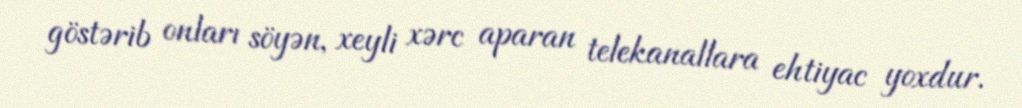
göstərib onları söyən, xeyli xərc aparan telekanallara ehtiyac yoxdur.